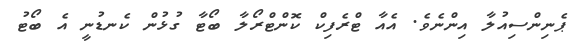
ޕެނިންސިއުލާ އިންނެވެ. އެއާ ޓްރެފިކް ކޮންޓްރޯލާ ބޯޓާ ގުޅުން ކެނޑުނީ އެ ބޯޓު